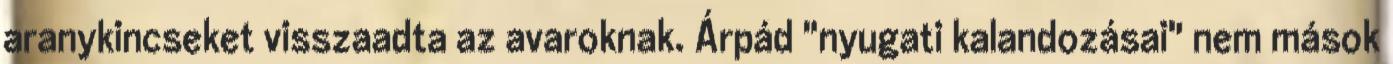
aranykincseket visszaadta az avaroknak. Árpád "nyugati kalandozásai" nem mások